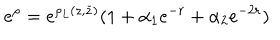
LaTeX: e ^ { \rho } = e ^ { \rho _ { L } ( z , \bar { z } ) } ( 1 + \alpha _ { 1 } e ^ { - r } + \alpha _ { 2 } e ^ { - 2 r } )